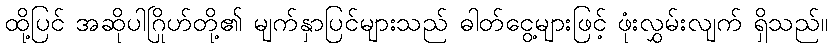
ထို့ပြင် အဆိုပါဂြိုဟ်တို့၏ မျက်နှာပြင်များသည် ဓါတ်ငွေ့များဖြင့် ဖုံးလွှမ်းလျက် ရှိသည်။